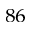
^ { 8 6 }